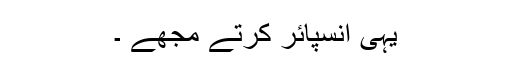
یہی انسپائر کرتے مجھے ۔